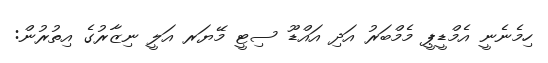
ހިމެނެނީ އެމްޑީޕީ މެމްބަރު އަދި އައްޑޫ ސިޓީ މޭޔަރ އަލީ ނިޒާރުގެ އިތުރުން: